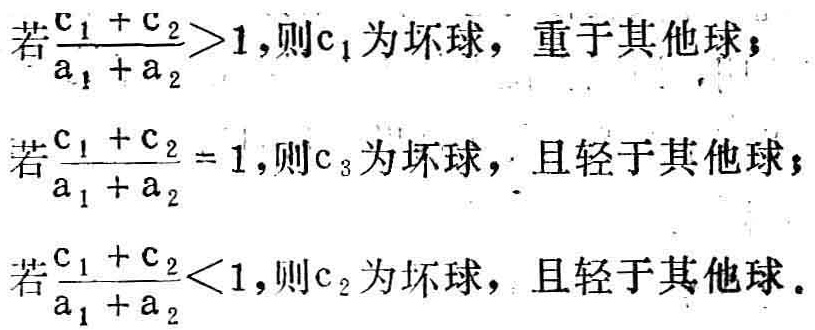
若\(\frac{c_{1} + c_{2}}{a_{1} + a_{2}}>1\)，则\(c_{1}\)为坏球，重于其他球；
若\(\frac{c_{1} + c_{2}}{a_{1} + a_{2}} = 1\)，则\(c_{3}\)为坏球，且轻于其他球；
若\(\frac{c_{1} + c_{2}}{a_{1} + a_{2}}<1\)，则\(c_{2}\)为坏球，且轻于其他球。